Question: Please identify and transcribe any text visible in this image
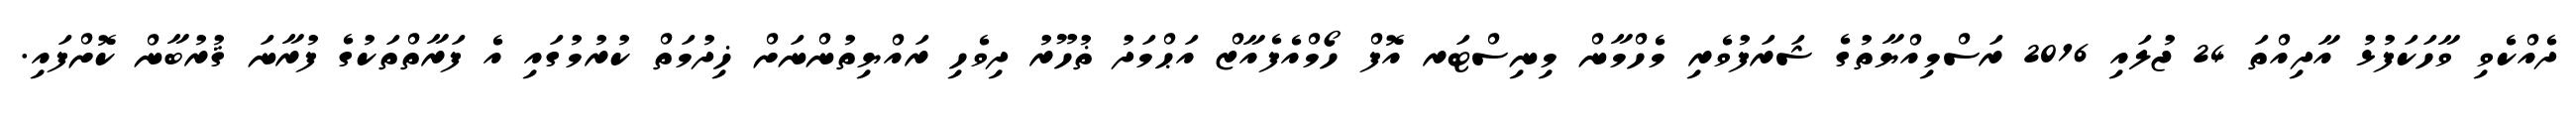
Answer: ދެއްކެވި ވާހަކަފުޅު އާދިއްތަ 24 ޖުލައި 2016 ރަސްމިއްޔާތުގެ ޝަރަފުވެރި މެހްމާން މިނިސްޓަރ އޮފް ހޯމްއެފެއާޒް އަޙްމަދު ޡުހޫރު ދިވެހި ރައްޔިތުންނަށް ޚިދުމަތް ކުރުމުގައި އެ ފަރާތްތަކުގެ ފުރާނަ ޤުރުބާން ކޮށްފައި.